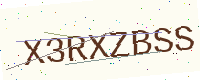
Text: X3RXZBSS